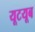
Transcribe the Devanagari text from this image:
यूटयूब